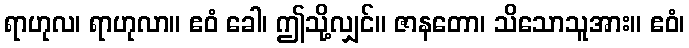
ရာဟုလ၊ ရာဟုလာ။ ဧဝံ ခေါ၊ ဤသို့လျှင်။ ဇာနတော၊ သိသောသူအား။ ဧဝံ၊